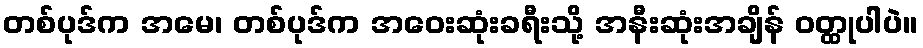
တစ်ပုဒ်က အမေ၊ တစ်ပုဒ်က အဝေးဆုံးခရီးသို့ အနီးဆုံးအချိန် ဝတ္ထုပါပဲ။